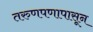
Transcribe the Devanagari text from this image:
तरुणपणापासून